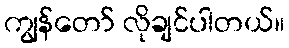
ကျွန်တော် လိုချင်ပါတယ်။